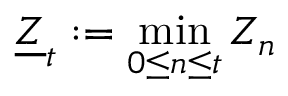
\underline { { Z } } _ { t } : = \operatorname* { m i n } _ { 0 \leq n \leq t } Z _ { n }